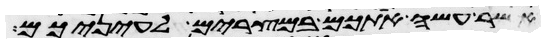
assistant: אשר עשה אתכם במצרים לעיניכם